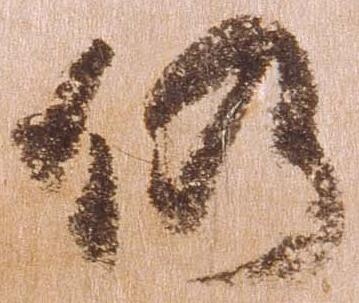
依